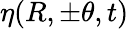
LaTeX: \eta(R,\pm\theta,t)